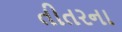
તીતરના